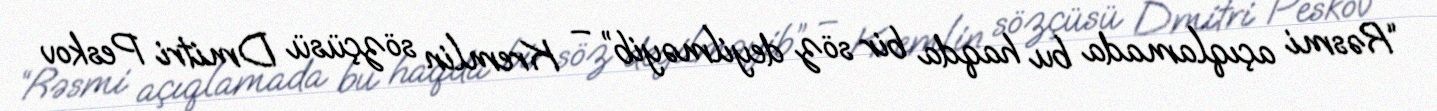
“Rəsmi açıqlamada bu haqda bir söz deyilməyib” – Kremlin sözçüsü Dmitri Peskov